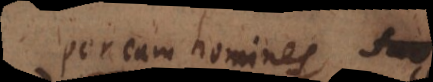
per eam homines